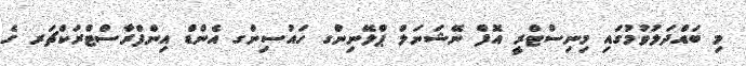
މި ބައްދަލުވުމުގައި މިނިސްޓްރީ އޮފް ނޭޝަނަލް ޕްލޭނިންގ ހައުސިންގ އެންޑް އިންފްރާސްޓްރަކްޗަރ ގެ